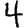
Digit: 4